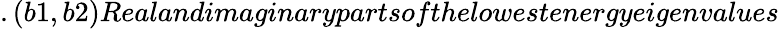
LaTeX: .(b1,b2)Realandimaginarypartsofthelowestenergyeigenvalues